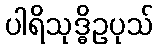
ပါရိသုဒ္ဓိဥပုသ်